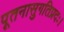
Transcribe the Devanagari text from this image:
पूतनासुगतिप्रदः।